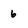
Character: 6